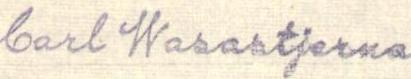
Carl Wasastjerna